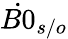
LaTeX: \dot{B0}_{s/o}